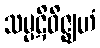
သမ္ပဋိဝိဇ္ဈဟံ